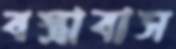
বস্ত্রাবাস